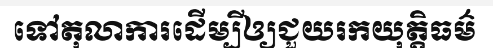
ទៅតុលាការដើម្បីឲ្យជួយរកយុត្តិធម៌